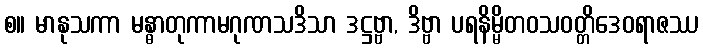
စ။ မာနုသကာ မန္ဓာတုကာမဂုဏသဒိသာ ဒဋ္ဌဗ္ဗာ, ဒိဗ္ဗာ ပရနိမ္မိတဝသဝတ္တိဒေဝရာဇဿ